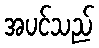
အပင်သည်